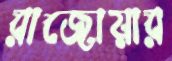
রাজোয়ার